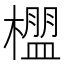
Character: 𬄳